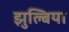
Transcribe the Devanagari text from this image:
झुल्बिया